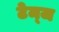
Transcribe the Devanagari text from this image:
टेम्ज